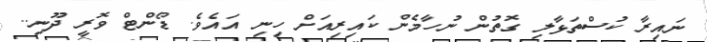
ނައިރާ ކުސްތަޅާލި ގޮތުން ނުހާމެން ކައިރިއަށް ހިނި އައެވެ. ޑޯންޓް ވޮރީ ދޫނި..